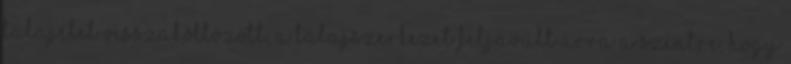
talajélet visszaköltözött, a talajszerkezet feljavult arra a szintre, hogy